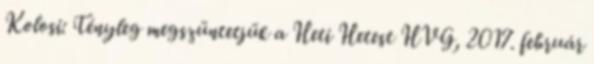
Kolosi: Tényleg megszüntetjük a Heti Hetest HVG, 2017. február